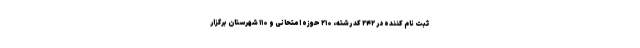
ثبت نام کننده در ۲۴۲ کد رشته، ۲۱۰ حوزه امتحانی و ۱۱۰ شهرستان برگزار